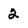
Character: 2